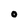
Character: O